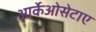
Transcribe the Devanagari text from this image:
आर्केओसेटाए